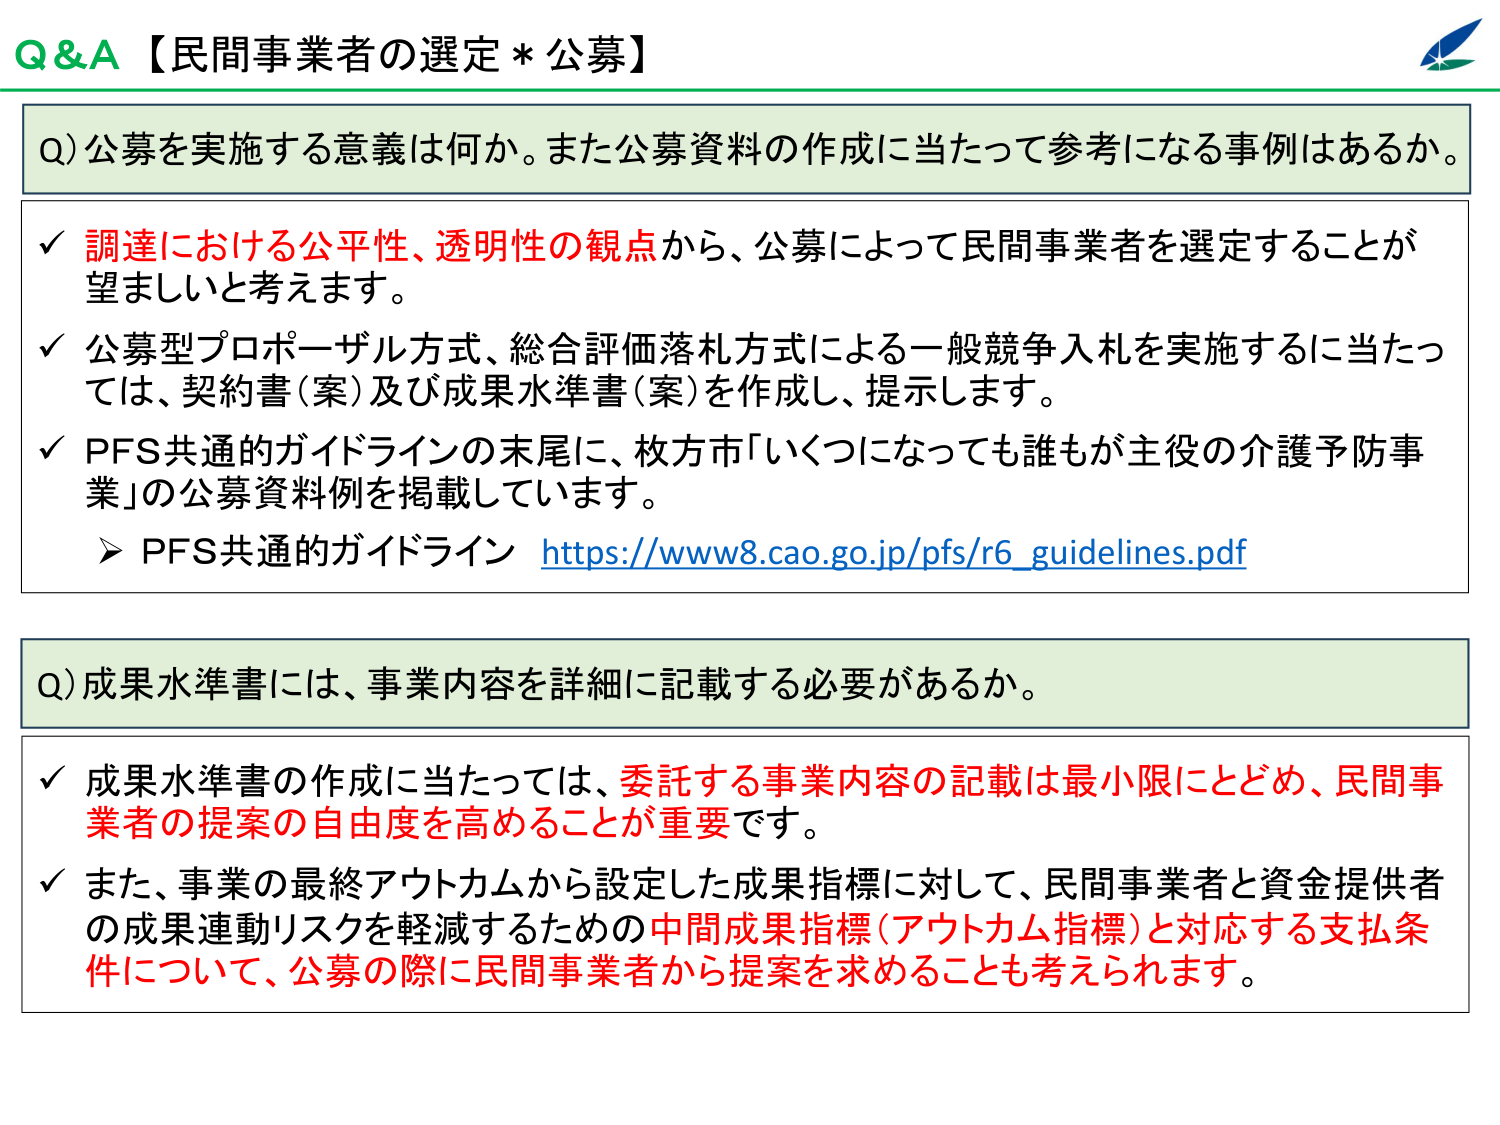
Q&A【民間事業者の選定＊公募】

Q) 公募を実施する意義は何か。また公募資料の作成に当たって参考になる事例はあるか。

✓ 調達における公平性、透明性の観点から、公募によって民間事業者を選定することが望ましいと考えます。

✓ 公募型プロポーザル方式、総合評価落札方式による一般競争入札を実施するに当たっては、契約書（案）及び成果水準書（案）を作成し、提示します。

✓ PFS共通的ガイドラインの末尾に、枚方市「いくつになっても誰もが主役の介護予防事業」の公募資料例を掲載しています。
➤ PFS共通的ガイドライン https://www8.cao.go.jp/pfs/r6_guidelines.pdf

Q) 成果水準書には、事業内容を詳細に記載する必要があるか。

✓ 成果水準書の作成に当たっては、委託する事業内容の記載は最小限にとどめ、民間事業者の提案の自由度を高めることが重要です。

✓ また、事業の最終アウトカムから設定した成果指標に対して、民間事業者と資金提供者の成果連動リスクを軽減するための中間成果指標（アウトカム指標）と対応する支払条件について、公募の際に民間事業者から提案を求めることも考えられます。